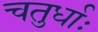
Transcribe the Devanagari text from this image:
चतुर्धाः